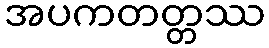
အပကတတ္တဿ